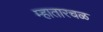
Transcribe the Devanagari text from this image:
म्हातारचळ